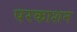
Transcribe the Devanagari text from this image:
परकाशन